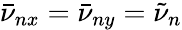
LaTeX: \bar{\nu}_{nx}=\bar{\nu}_{ny}=\tilde{\nu}_{n}